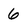
Character: 6